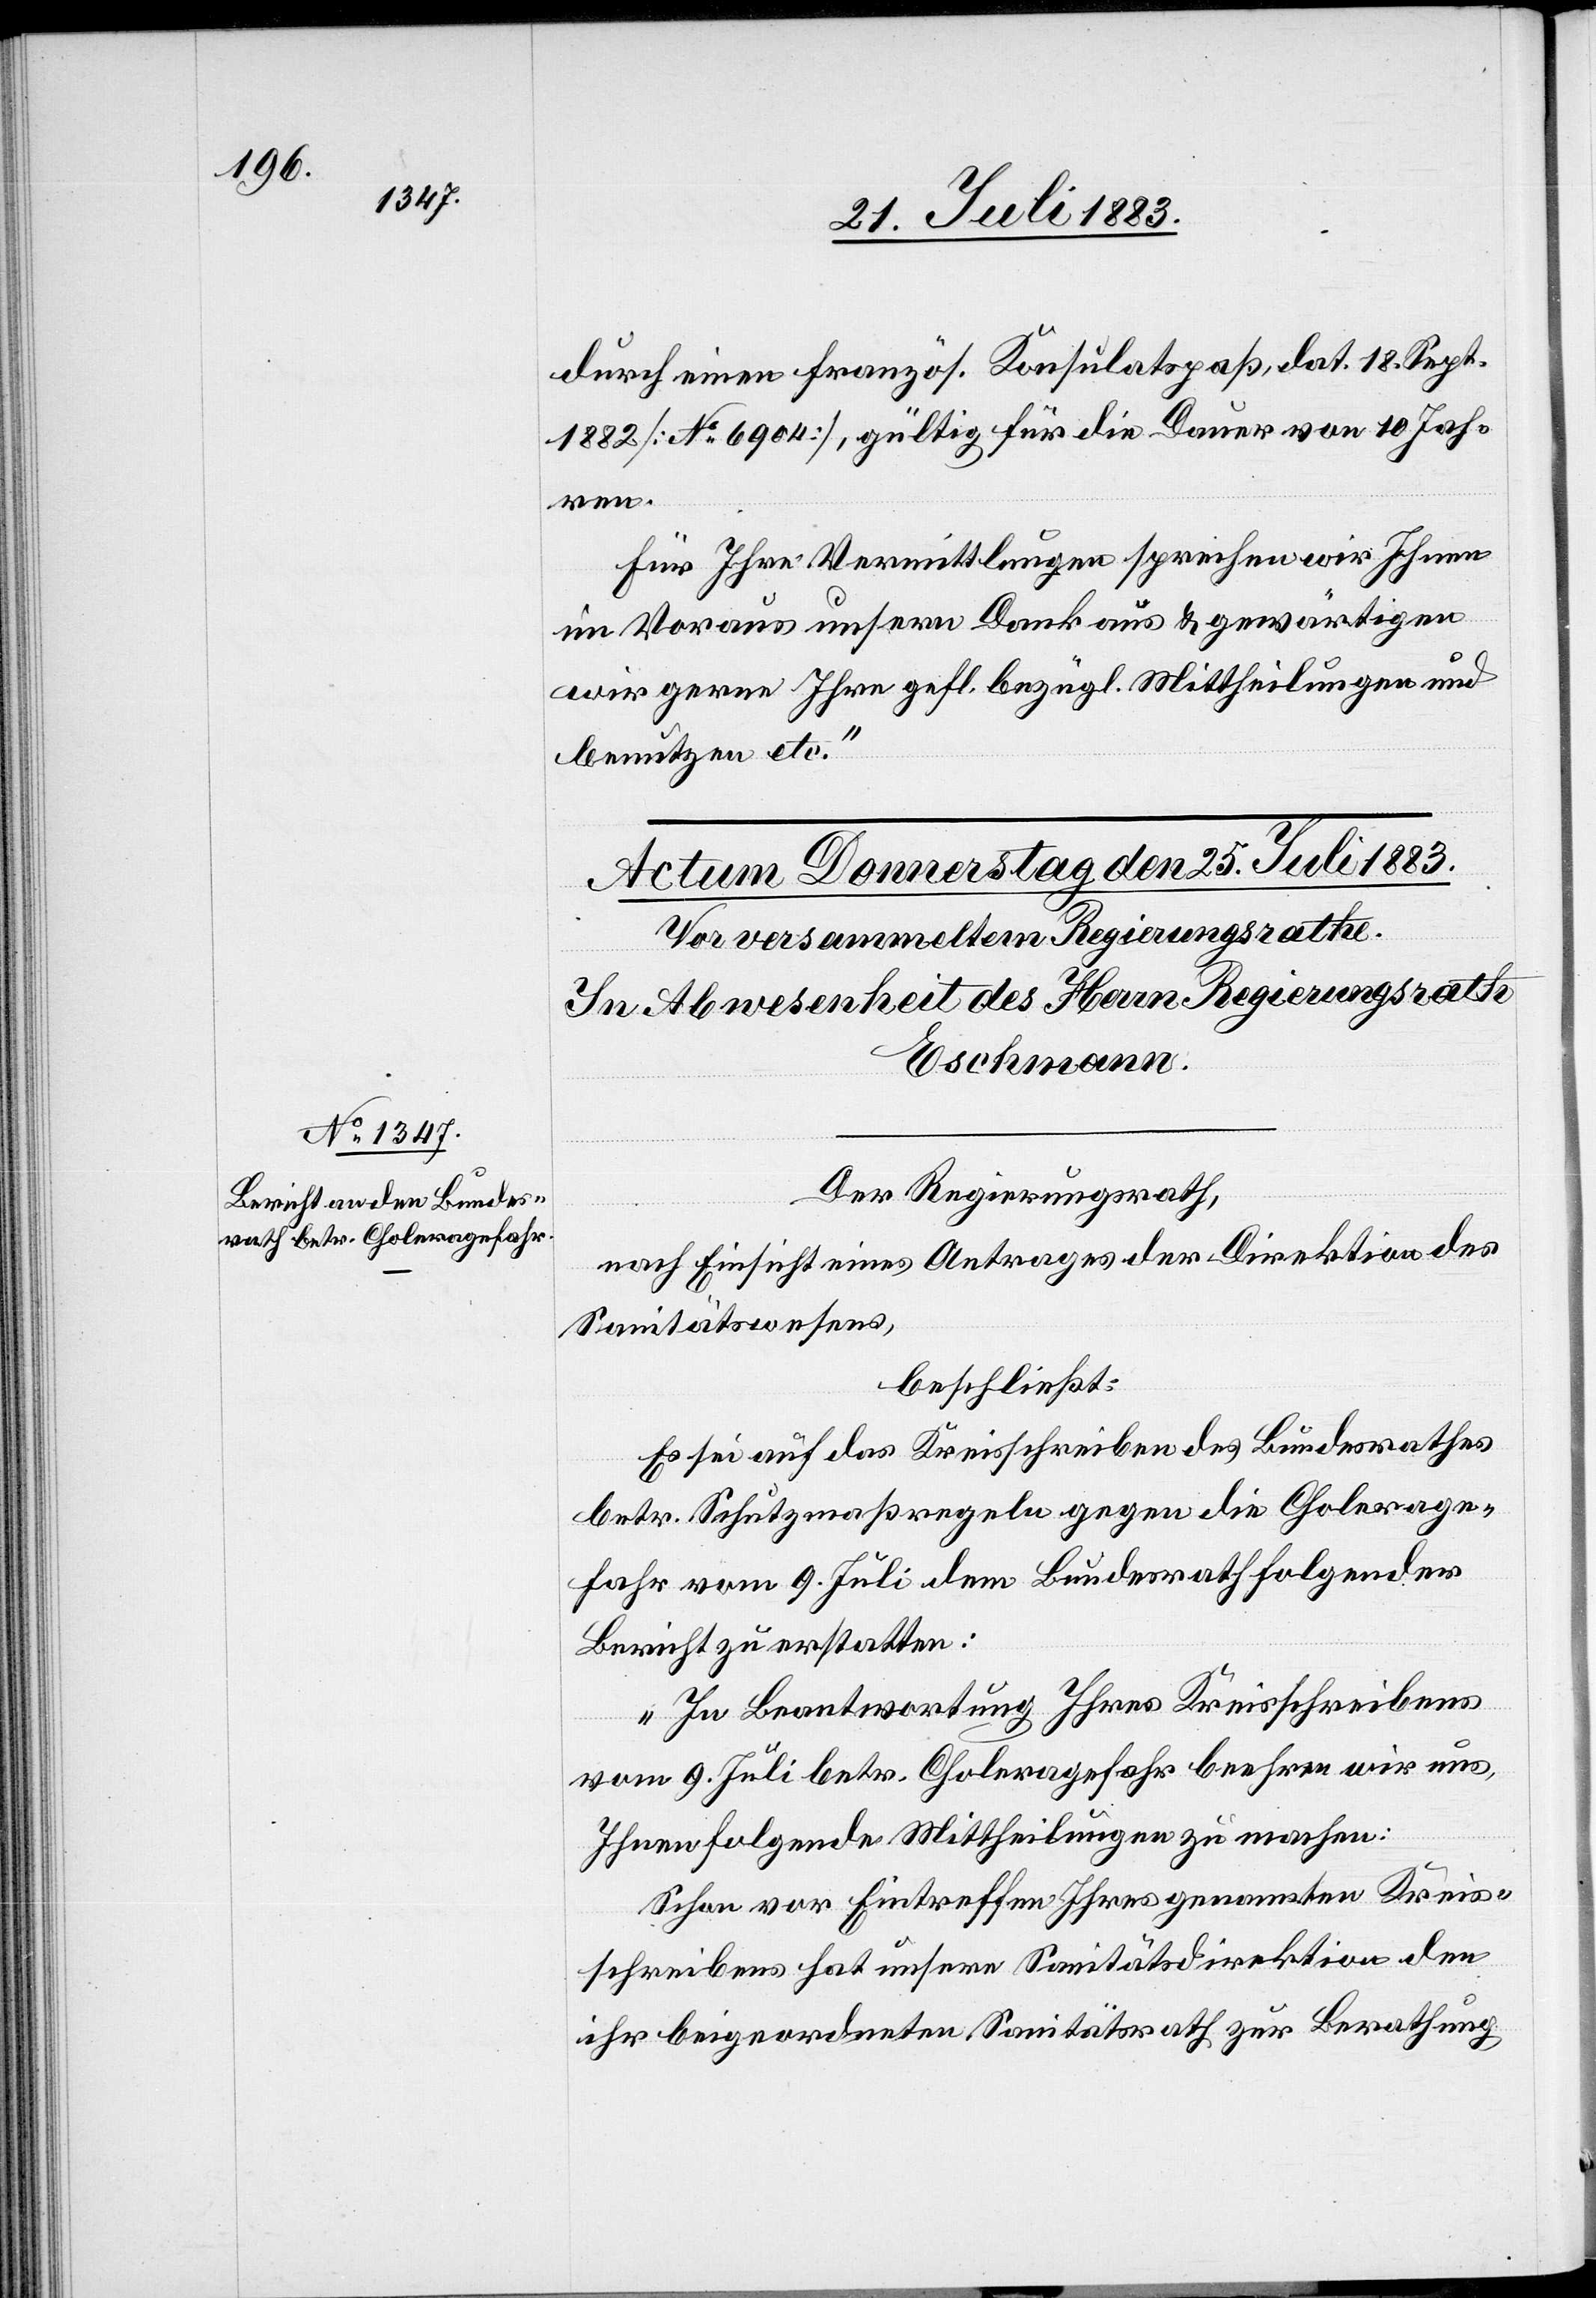
durch eine französ. Konsulatspaß, dat. 18. Sept.
1882 [No 6904], gültig für die Dauer von 10 Jahr¬
en.
Für Ihre Vermittlung sprechen wir Ihnen
im Voraus unsern Dank aus & gewärtigen
wir gerne Ihre gefl. bezügl. Mittheilungen und
benutzen etc.“
Der Regierungsrath,
nach Einsicht eines Antrages der Direktion des
Sanitätswesens,
beschließt:
Es sei auf das Kreisschreiben des Bundesrathes
betr. Schutzmaßregeln gegen die Cholerage¬
fahr vom 9. Juli dem Bundesrath folgender
Bericht zu erstatten:
„In Beantwortung Ihres Kreisschreibens
vom 9. Juli betr. Choleragefahr beehren wir uns,
Ihnen folgende Mittheilungen zu machen:
Schon vor Eintreffen Ihres genannten Kreis¬
schreibens hat unsere Sanitätsdirektion den
ihr beigeordneten Sanitätsrath zur Berathung